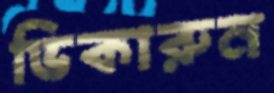
ভিকারুন